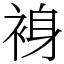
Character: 裑